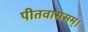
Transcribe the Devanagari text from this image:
पीतवाससम्‌।